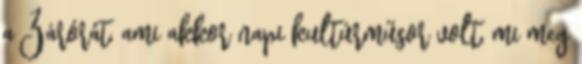
a Zárórát, ami akkor napi kultúrműsor volt, mi meg